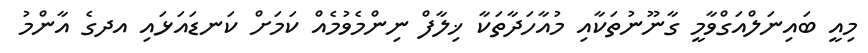
މިއީ ބައިނަލްއަގްވާމީ ގާނޫނުތަކާއި މުއާހަދާތަކާ ޚިލާފް ނިންމެވުމެއް ކަމަށް ކަނޑައަޅައި އދގެ އާންމު